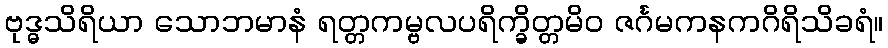
ဗုဒ္ဓသိရိယာ သောဘမာနံ ရတ္တကမ္ဗလပရိက္ခိတ္တမိဝ ဇင်္ဂမကနကဂိရိသိခရံ။